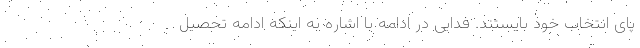
پای انتخاب خود بایستند. فدایی در ادامه با اشاره به اینکه ادامه تحصیل